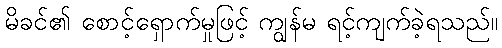
မိခင်၏ စောင့်ရှောက်မှုဖြင့် ကျွန်မ ရင့်ကျက်ခဲ့ရသည်။